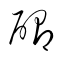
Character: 醞